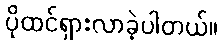
ပိုထင်ရှားလာခဲ့ပါတယ်။